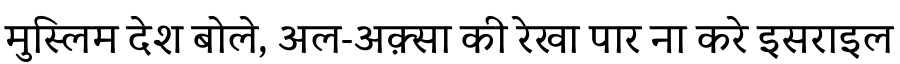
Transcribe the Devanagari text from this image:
मुस्लिम देश बोले, अल-अक़्सा की रेखा पार ना करे इसराइल